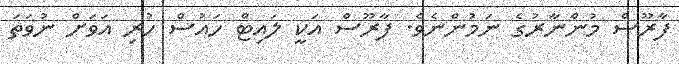
ފާރޫސް މުންނާރުގެ ނަމުންނެވެ. ފާރޫސް އަކީ ލައިޓް ހައުސް ހުރި އަވަށް ނުވަތަ